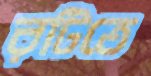
রটিতে